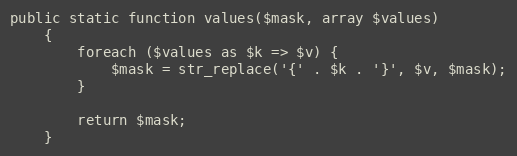
Language: PHP
public static function values($mask, array $values)
    {
        foreach ($values as $k => $v) {
            $mask = str_replace('{' . $k . '}', $v, $mask);
        }

        return $mask;
    }